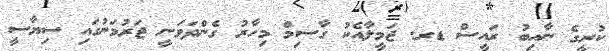
ކުރީގެ ނާއިބު ރައީސް ޑރ. ޖަމީލާއެކު ގާސިމް މިހާރު ގެންދަވަނީ ޖަރުމަނުގައި ސިޔާސީ